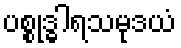
ပစ္စုဒ္ဓါရသမုဒယံ